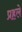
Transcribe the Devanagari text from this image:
प्रहले